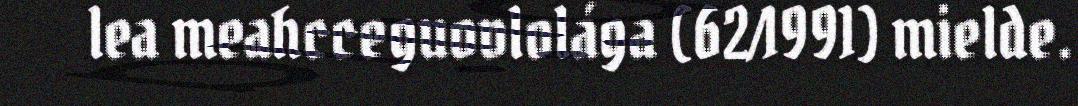
lea meahcceguovlolága (62/1991) mielde.